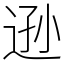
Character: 逊